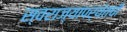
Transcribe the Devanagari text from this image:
स्वराज्यापर्यंतची